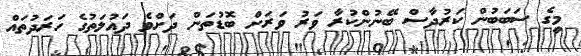
މީގެ ސަބަބުން ކަރުދާސް ބޭނުންކުރާ ވަރު ވަރަށް ބޮޑުތަން ދަށްވެ ދައުލަތުގެ ހަރަދުތައް